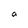
Character: a